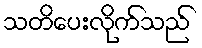
သတိပေးလိုက်သည်